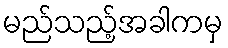
မည်သည့်အခါကမှ